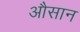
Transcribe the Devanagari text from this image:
औसान